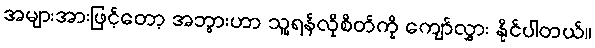
အများအားဖြင့်တော့ အဘွားဟာ သူ့ရန်လိုစိတ်ကို ကျော်လွှား နိုင်ပါတယ်။